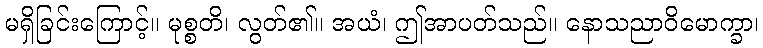
မရှိခြင်းကြောင့်။ မုစ္စတိ၊ လွတ်၏။ အယံ၊ ဤအာပတ်သည်။ နောသညာဝိမောက္ခာ၊